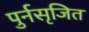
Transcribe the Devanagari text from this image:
पुर्नसृजित